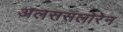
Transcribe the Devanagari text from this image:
अलससलोरेन